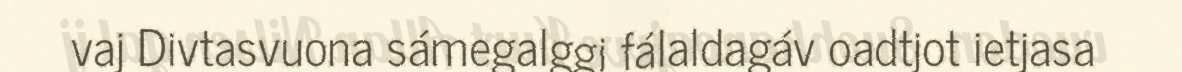
vaj Divtasvuona sámegalggi fálaldagáv oadtjot ietjasa